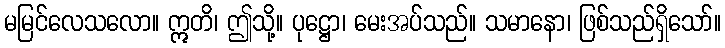
မမြင်လေသလော။ ဣတိ၊ ဤသို့။ ပုဋ္ဌော၊ မေးအပ်သည်။ သမာနော၊ ဖြစ်သည်ရှိသော်။